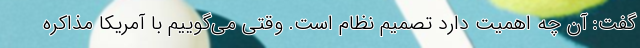
گفت: آن چه اهمیت دارد تصمیم نظام است. وقتی می‌گوییم با آمریکا مذاکره